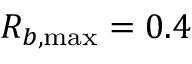
R _ { b , \operatorname* { m a x } } = 0 . 4